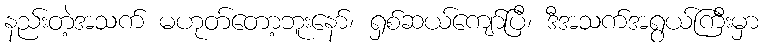
နည်းတဲ့အသက် မဟုတ်တော့ဘူးနော်၊ ရှစ်ဆယ်ကျော်ပြီ၊ ဒီအသက်အရွယ်ကြီးမှာ